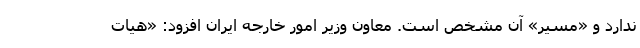
ندارد و «مسیر» آن مشخص است. معاون وزیر امور خارجه ایران افزود: «هیات